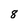
Character: 8